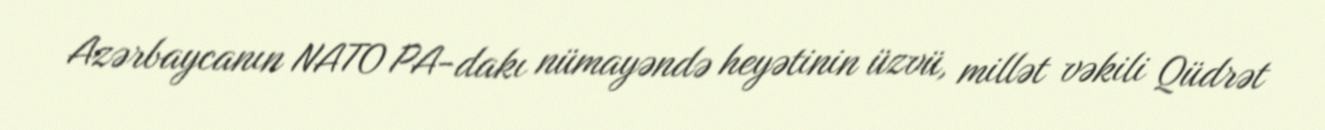
Azərbaycanın NATO PA-dakı nümayəndə heyətinin üzvü, millət vəkili Qüdrət